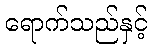
ရောက်သည်နှင့်